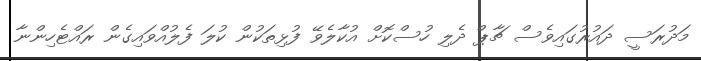
މަދުރަސީ ދައުރުގައިވެސް ޗާޕް ދެލި ހުސްކޮށް އުކާލެވޭ ފުޅިތަކުން ކުލަ ފެލުއްވައިގެން ރައްޓެހިންނާ